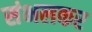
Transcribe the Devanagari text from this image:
संभलकर